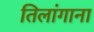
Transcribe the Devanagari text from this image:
तिलांगाना